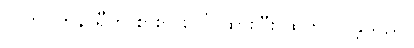
လက်ပတ်နာရီကို စားပွဲ ပေါ် ထားပြီး ထွက်လာခဲ့သည်။